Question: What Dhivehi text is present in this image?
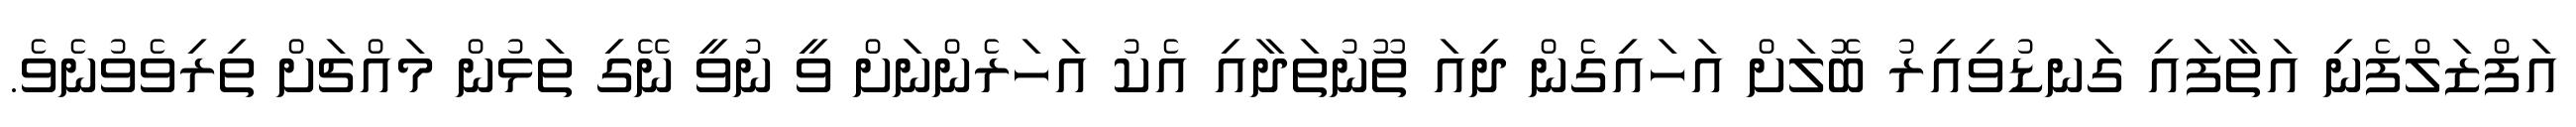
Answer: އަފްޒަލްފެނި އަތާފައި ގަނޑުވިއިރު ބޮލަށް އަހައިގެން ދިއަ ތޫނުތަދާއި އެކު އަހަރެންނަށް ވީ ނުވީ ނޭގި ތަޅުން މައްޗަށް ތިރިވެވުނެވެ.